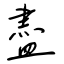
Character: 盡